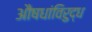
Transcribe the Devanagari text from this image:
औषधांविरुद्ध